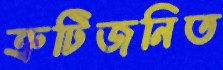
ত্রুটিজনিত